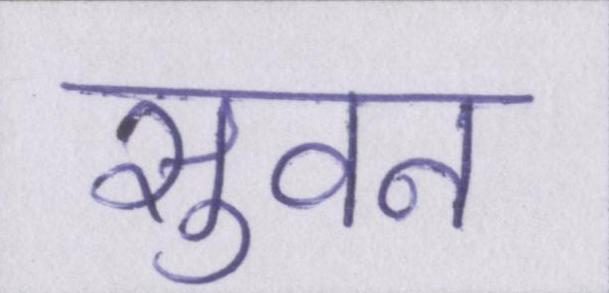
सुवन